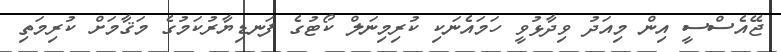
ޖޭއެސްސީ އިން މިއަދު ވިދާޅުވީ ހަމައެނަކި ކުރިމިނަލް ކޯޓުގެ ފަނޑިޔާރުކަމުގެ މަޤާމަށް ކުރިމަތި